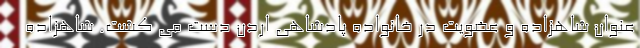
عنوان شاهزاده و عضویت در خانواده پادشاهی اردن دست می کشت. شاهزاده